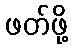
ဖတ်ဖို့